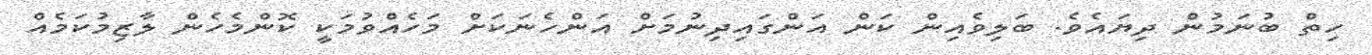
ހިތް ބުނަމުން ދިޔައެވެ. ބަލިވެއިން ކަން އަންގައިދިނުމަށް އަންހެނަކަށް މަހެއްވުމަކީ ކޮންމެހެން ލާޒިމުކަމެއް